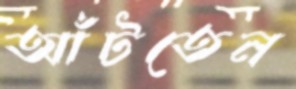
আঁটতেন